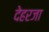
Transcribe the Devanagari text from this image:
देहरजा